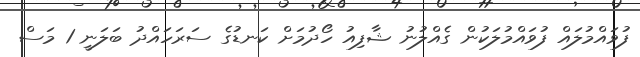
ފުވައްމުލައް ފުވައްމުލަކުން ގެއްލުނު ޝާފިއު ހޯދުމަށް ކަނޑުގެ ސަރަހައްދު ބަލަނީ 1 މަސް